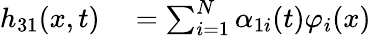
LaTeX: \begin{array}{rl}{h_{31}(x,t)}&{{}=\sum_{i=1}^{N}\alpha_{1i}(t)\varphi_{i}(x)}\end{array}